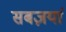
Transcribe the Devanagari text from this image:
सबज़यां